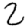
Digit: 2